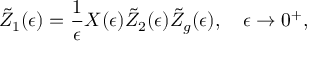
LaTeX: \tilde { Z } _ { 1 } ( \epsilon ) = { \frac { 1 } { \epsilon } } X ( \epsilon ) \tilde { Z } _ { 2 } ( \epsilon ) \tilde { Z } _ { g } ( \epsilon ) , \quad \epsilon \rightarrow 0 ^ { + } ,